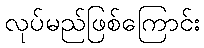
လုပ်မည်ဖြစ်ကြောင်း